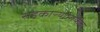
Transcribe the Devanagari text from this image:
सहकाऱ्यांमार्फत